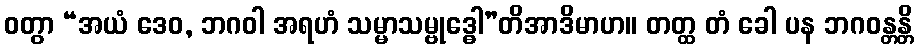
ဝတွာ “အယံ ဒေဝ, ဘဂဝါ အရဟံ သမ္မာသမ္ဗုဒ္ဓေါ”တိအာဒိမာဟ။ တတ္ထ တံ ခေါ ပန ဘဂဝန္တန္တိ